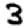
Digit: 3